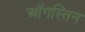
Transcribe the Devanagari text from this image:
ऑगस्तिन